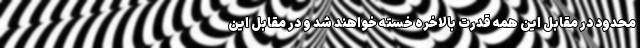
محدود در مقابل این همه قدرت بالاخره خسته خواهند شد و در مقابل این